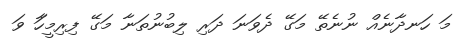
މަ ހަނދާނެއް ނުނެތޭ މަގޭ ދެވަނަ ދަރި ލިބުނުތަނާ މަގޭ ފިރިމީހަާ ވަ